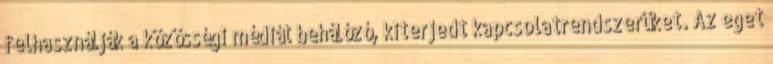
felhasználják a közösségi médiát behálózó, kiterjedt kapcsolatrendszerüket. Az eget